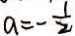
a = - \frac { 1 } { 2 }